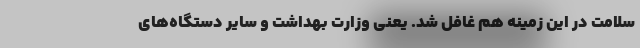
سلامت در این زمینه هم غافل شد. یعنی وزارت بهداشت و سایر دستگاه‌های